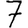
Digit: 7